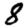
Digit: 8